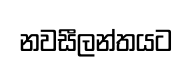
නවසීලන්තයට